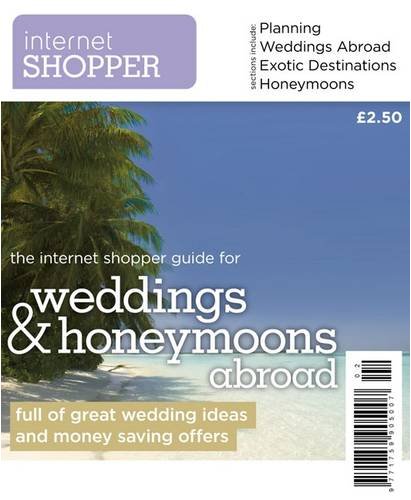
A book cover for The Internet Shoppers Guide to Weddings and Honeymoons Abroad; Crafts, Hobbies & Home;